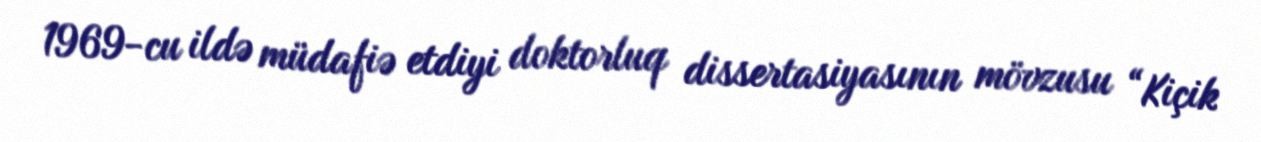
1969-cu ildə müdafiə etdiyi doktorluq dissertasiyasının mövzusu “Kiçik